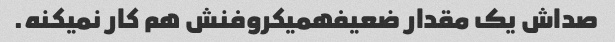
صداش یک مقدار ضعیفهمیکروفنش هم کار نمیکنه.